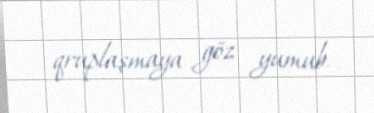
qruplaşmaya göz yumub.